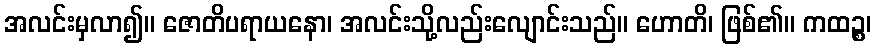
အလင်းမှလာ၍။ ဇောတိပရာယနော၊ အလင်းသို့လည်းလျောင်းသည်။ ဟောတိ၊ ဖြစ်၏။ ကထဉ္စ၊